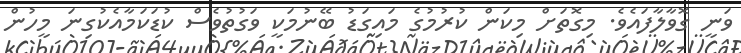
ވަނީ ގޮވާލާފައެވެ. މިގޮތަށް މިކަން ކުރުމުގެ މައިގަޑު ބޭނުމަކީ ވަގުތުވެސް ކުޑަކަމާއެކުގިނަ މީހުން